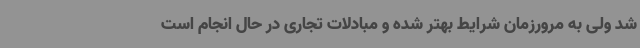
شد ولی به مرورزمان شرایط بهتر شده و مبادلات تجاری در حال انجام است